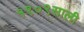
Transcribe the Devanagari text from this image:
१९०९साली